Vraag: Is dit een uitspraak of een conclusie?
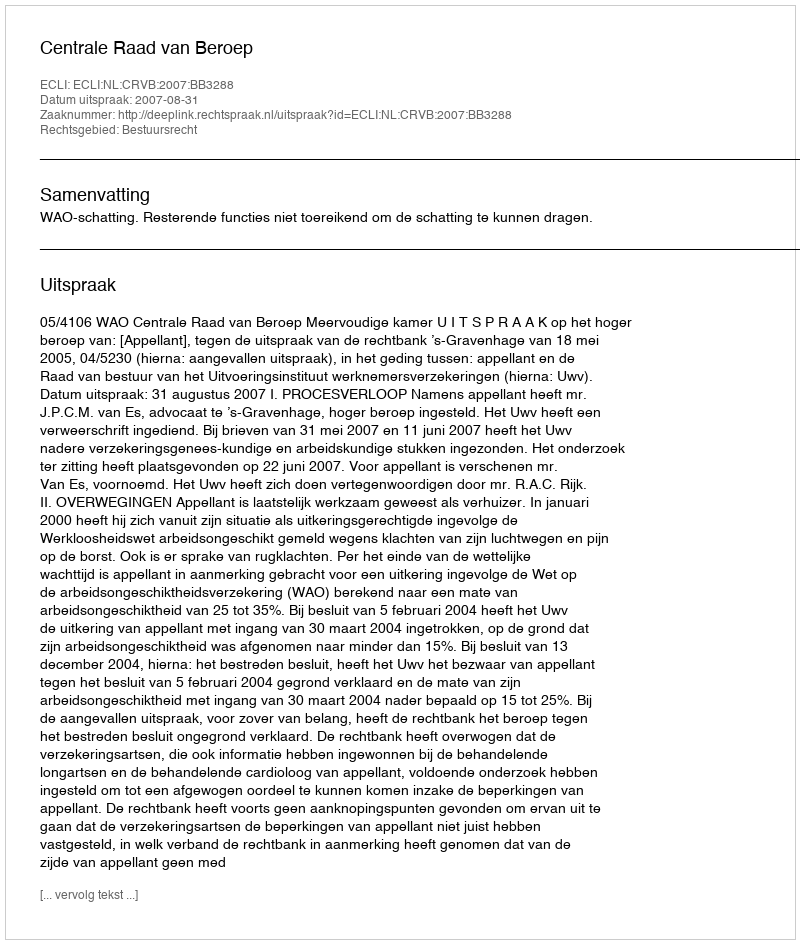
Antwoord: Uitspraak